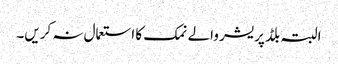
البتہ بلڈ پریشر والے نمک کا استعمال نہ کریں۔